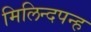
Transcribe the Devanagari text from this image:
मिलिन्दपन्ह